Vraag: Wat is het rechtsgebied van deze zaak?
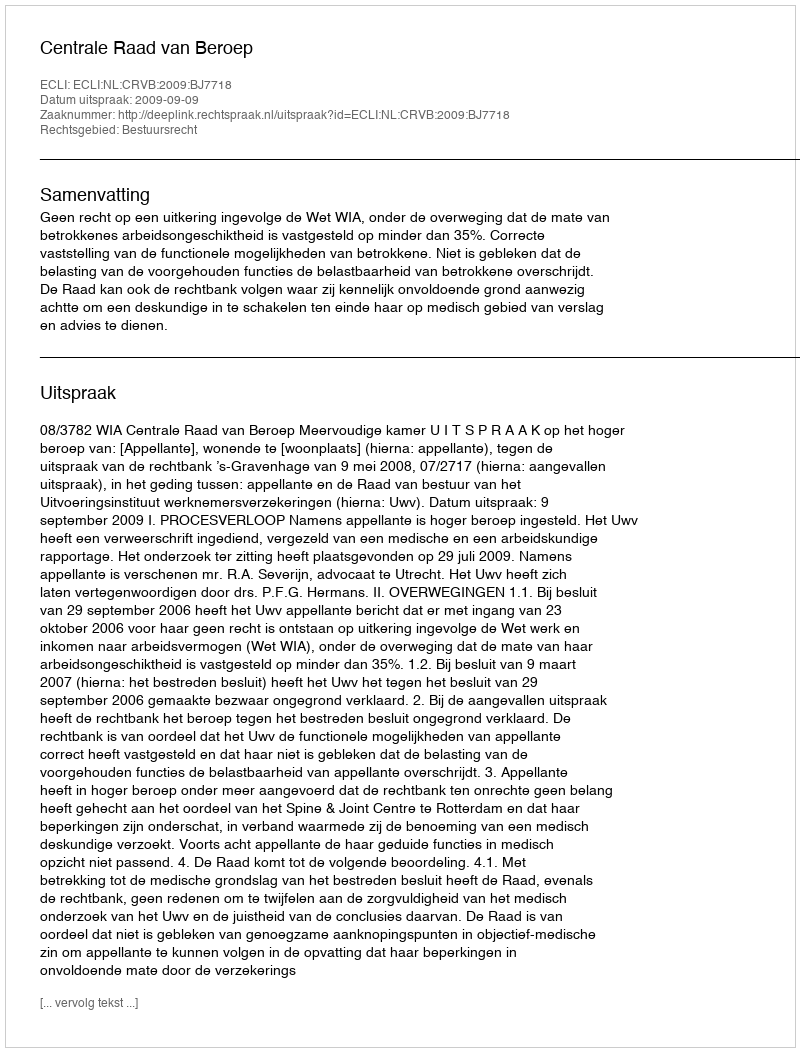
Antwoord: Bestuursrecht